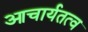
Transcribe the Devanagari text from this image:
आचार्यतत्व